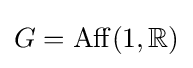
G=\mathrm {Aff} (1,\mathbb {R} )